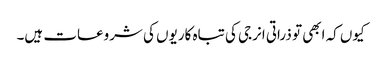
کیوں کہ ابھی تو ذراتی انرجی کی تباہ کاریوں کی شروعات ہیں۔